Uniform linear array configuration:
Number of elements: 8
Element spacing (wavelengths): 0.75
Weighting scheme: exponential
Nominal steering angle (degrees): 30
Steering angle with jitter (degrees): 29.485
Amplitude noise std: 0.05
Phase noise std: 0.05

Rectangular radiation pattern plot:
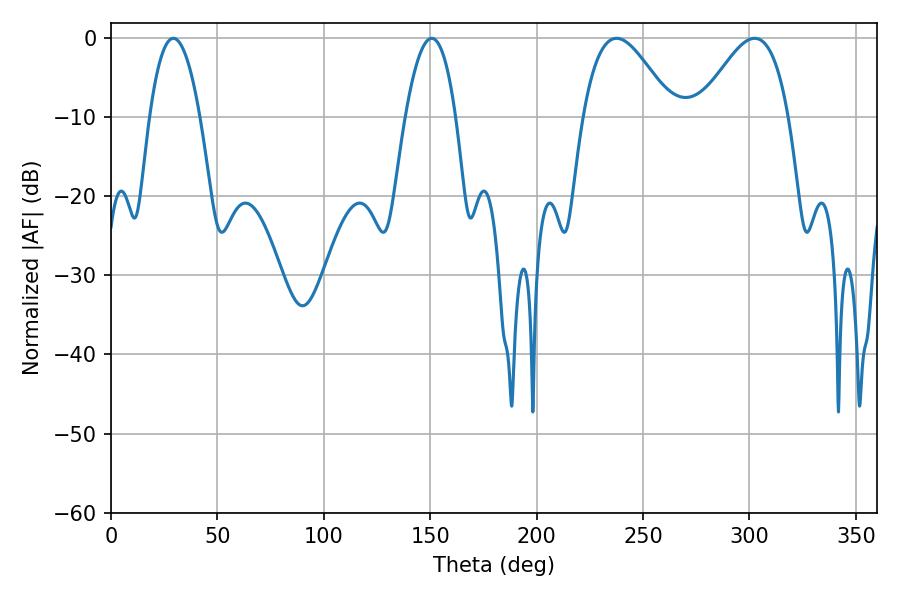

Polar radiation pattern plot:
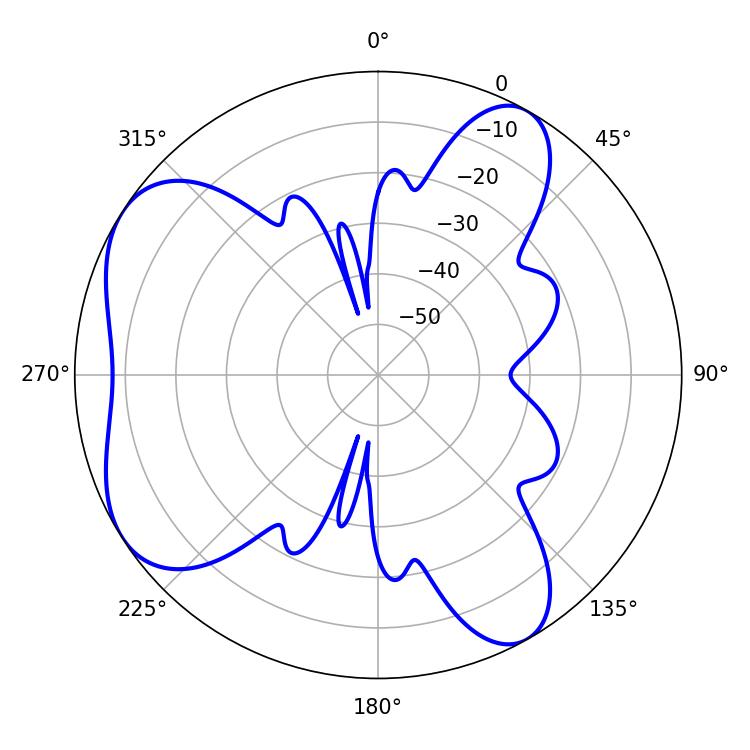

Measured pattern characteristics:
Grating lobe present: TRUE
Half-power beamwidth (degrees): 22.68
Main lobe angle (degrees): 237.6